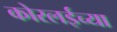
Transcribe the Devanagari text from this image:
कोरलईच्या